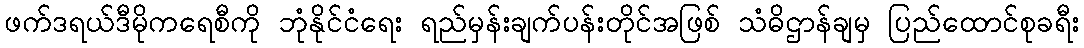
ဖက်ဒရယ်ဒီမိုကရေစီကို ဘုံနိုင်ငံရေး ရည်မှန်းချက်ပန်းတိုင်အဖြစ် သံဓိဌာန်ချမှ ပြည်ထောင်စုခရီး